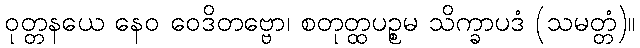
ဝုတ္တနယေ နေဝ ဝေဒိတဗ္ဗော၊ စတုတ္ထပဉ္စမ သိက္ခာပဒံ (သမတ္တံ)။